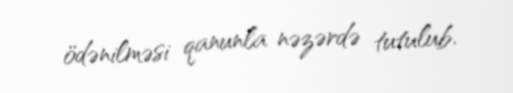
ödənilməsi qanunla nəzərdə tutulub.